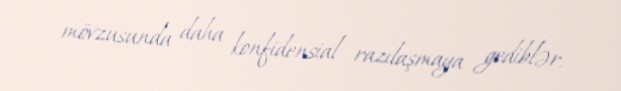
mövzusunda daha konfidensial razılaşmaya gediblər.